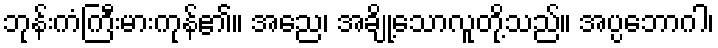
ဘုန်းကံကြီးမားကုန်၏။ အညေ၊ အချို့သောလူတို့သည်။ အပ္ပဘောဂါ၊